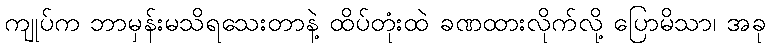
ကျုပ်က ဘာမှန်းမသိရသေးတာနဲ့ ထိပ်တုံးထဲ ခဏထားလိုက်လို့ ပြောမိသာ၊ အခု